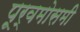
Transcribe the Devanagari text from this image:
पूर्वमोसमी